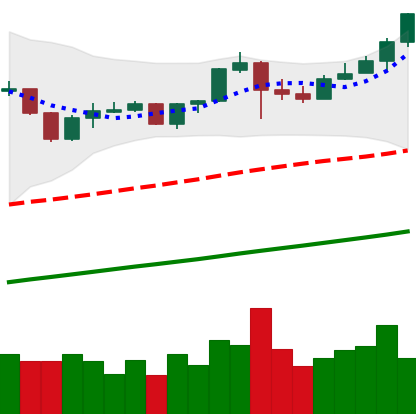
Ticker: BNB-USD
Chart end date: 2019-06-21
Forward return: -8.032%
Label: down_7plus